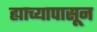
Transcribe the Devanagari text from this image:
ह्याच्यापासून